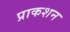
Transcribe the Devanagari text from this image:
प्राकशन